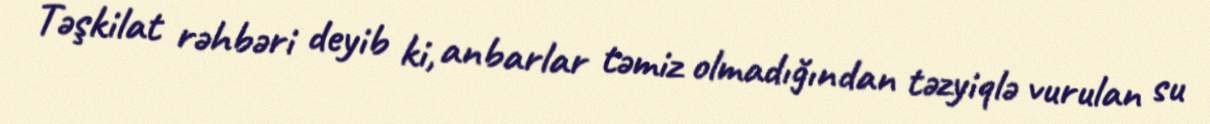
Təşkilat rəhbəri deyib ki, anbarlar təmiz olmadığından təzyiqlə vurulan su